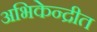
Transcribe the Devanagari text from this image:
अभिकेन्द्रीत